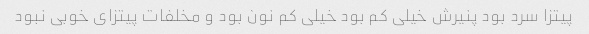
پیتزا سرد بود پنیرش خیلی کم بود خیلی کم نون بود و مخلفات پیتزای خوبی نبود